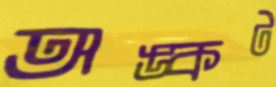
অঙ্কট